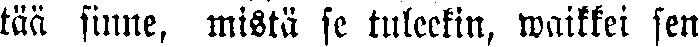
tää sinne, mistä se tuleekin, waikkei sen